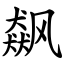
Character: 飙